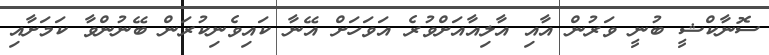
ސޮނާކްޝީ ބުނީ ވަރުން އާއި އާލިއާއަށްވުރެ އަވަހަށް އޭނާ ކައިވެނިކުރަން ބޭނުންވާ ކަމަށާއި